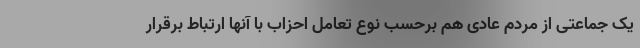
یک جماعتی از مردم عادی هم برحسب نوع تعامل احزاب با آنها ارتباط برقرار